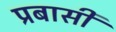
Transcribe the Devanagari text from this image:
प्रबासी